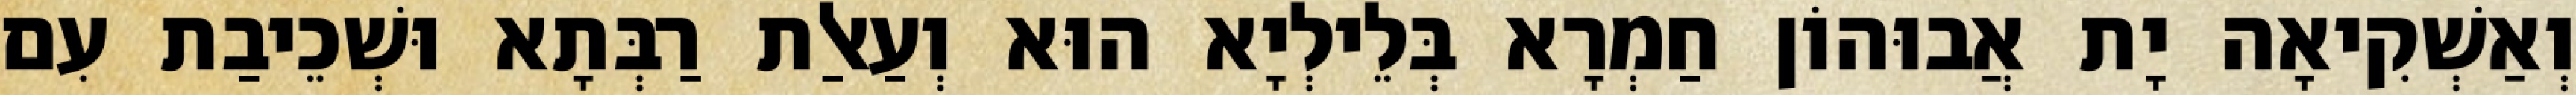
וְאַשְׁקִיאָה יָת אֲבוּהוֹן חַמְרָא בְּלֵילְיָא הוּא וְעַאלַת רַבְּתָא וּשְׁכֵיבַת עִם